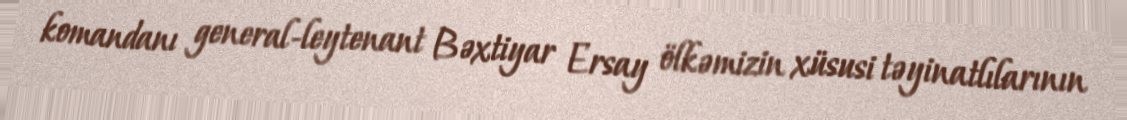
komandanı general-leytenant Bəxtiyar Ersay ölkəmizin xüsusi təyinatlılarının